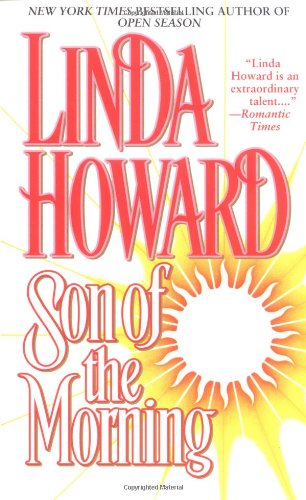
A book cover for Son of the Morning (Pocket Books Romance); Linda Howard; Romance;